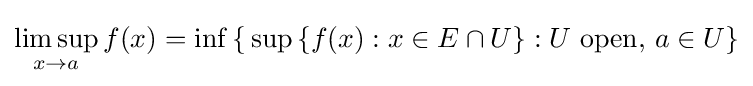
\limsup _{x\to a}f(x)=\inf \,\{\,\sup \,\{f(x):x\in E\cap U\}:U\ \mathrm {open} ,\,a\in U\}